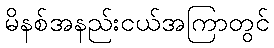
မိနစ်အနည်းငယ်အကြာတွင်